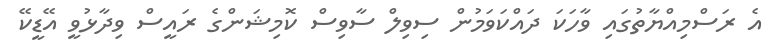
އެ ރަސްމިއްޔާތުގައި ވާހަކަ ދައްކަވަމުން ސިވިލް ސާވިސް ކޮމިޝަންގެ ރައީސް ވިދާޅުވީ އޭޑީކޭ